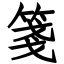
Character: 箋